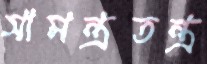
সামন্ত্রতন্ত্র